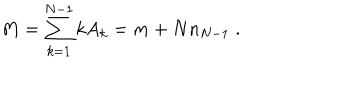
LaTeX: M = \sum _ { k = 1 } ^ { N - 1 } k A _ { k } = m + N n _ { N - 1 } \; .